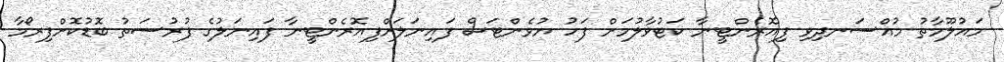
މައުލޫމާތު މުއްސަނދިވި ފިއޮރެންޓީނާ ކަޓުވާލުމަށް ފަހު ޔުވެންޓަސް ފައިނަލަށްފިއޮރެންޓީނާ ފައިނަލުގެ ފުރުސަތު ބޮޑުކޮށްފިރޯމާ